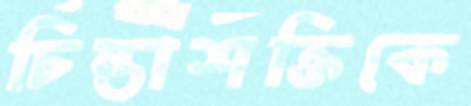
চিন্তাশক্তিকে